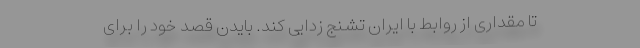
تا مقداری از روابط با ایران تشنج زدایی کند. بایدن قصد خود را برای